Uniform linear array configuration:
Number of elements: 48
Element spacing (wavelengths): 0.75
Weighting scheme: blackman
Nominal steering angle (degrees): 0
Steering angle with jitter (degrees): -1.74
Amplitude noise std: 0.05
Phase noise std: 0.05

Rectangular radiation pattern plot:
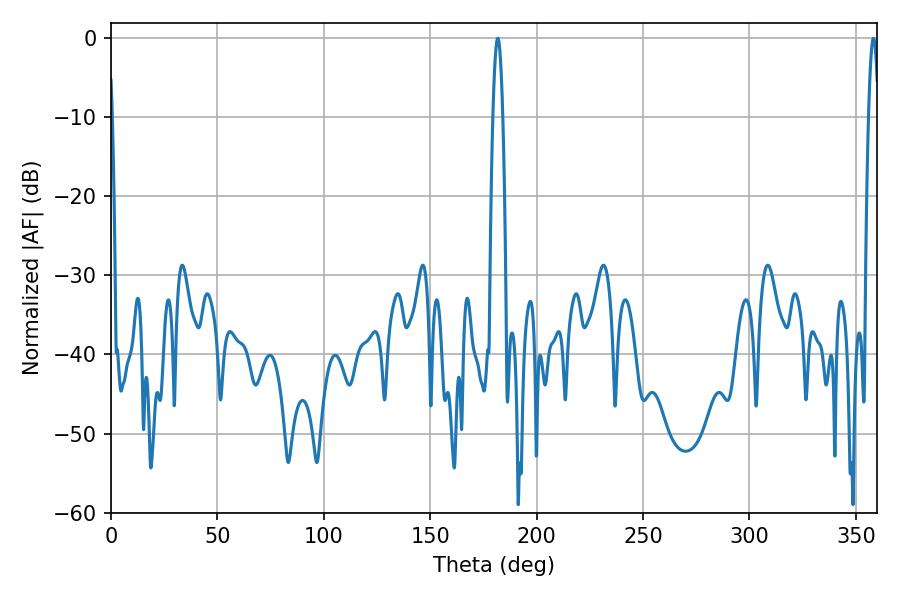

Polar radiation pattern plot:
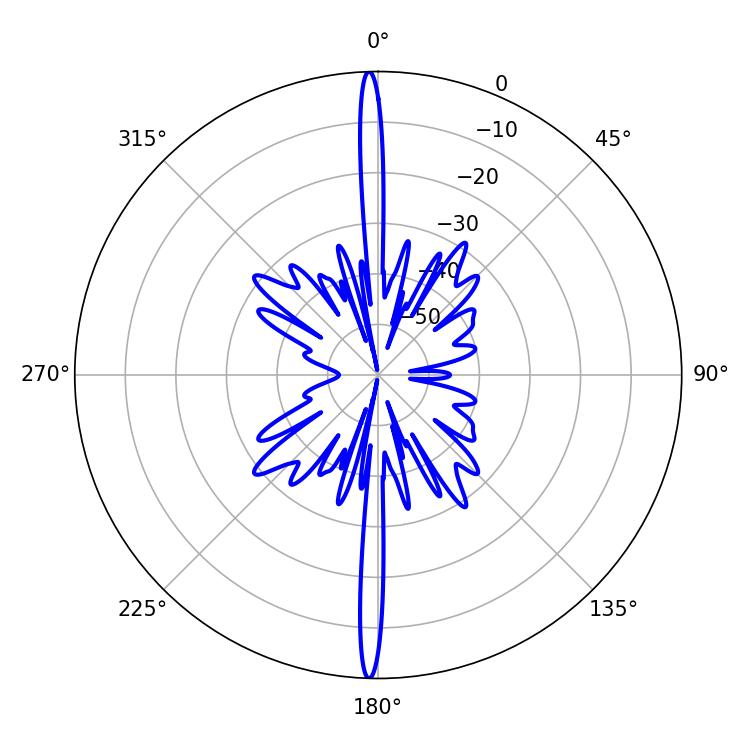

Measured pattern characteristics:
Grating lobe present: TRUE
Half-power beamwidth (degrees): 2.52
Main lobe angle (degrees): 181.8